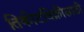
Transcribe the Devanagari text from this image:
तिकीटविक्रीसाठी